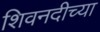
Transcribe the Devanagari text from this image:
शिवनदीच्या